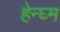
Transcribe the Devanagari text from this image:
हेन्घ्म